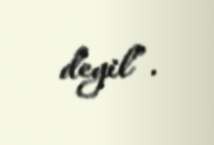
deyil”.